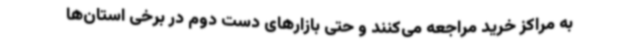
به مراکز خرید مراجعه می‌کنند و حتی بازارهای دست دوم در برخی استان‌ها